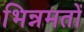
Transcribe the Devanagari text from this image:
भिन्नमतों